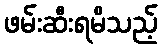
ဖမ်းဆီးရမိသည့်